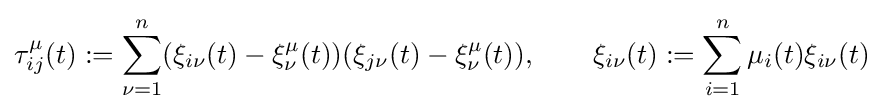
\tau _{ij}^{\mu }(t):=\sum _{\nu =1}^{n}(\xi _{i\nu }(t)-\xi _{\nu }^{\mu }(t))(\xi _{j\nu }(t)-\xi _{\nu }^{\mu }(t)),\qquad \xi _{i\nu }(t):=\sum _{i=1}^{n}\mu _{i}(t)\xi _{i\nu }(t)